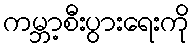
ကမ္ဘာ့စီးပွားရေးကို